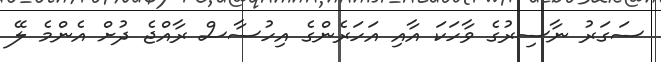
ސަގަރު ނާސިރުގެ ވާހަކަ އާއި އަހަރެންގެ އިހުސާސް ރާއްޖެ ދުށް އެންމެ ލޭ